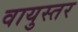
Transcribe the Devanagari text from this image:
वायुस्तर